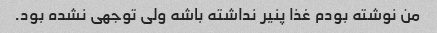
من نوشته بودم غذا پنیر نداشته باشه ولی توجهی نشده بود.